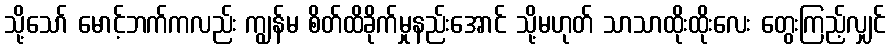
သို့သော် မောင့်ဘက်ကလည်း ကျွန်မ စိတ်ထိခိုက်မှုနည်းအောင် သို့မဟုတ် သာသာထိုးထိုးလေး တွေးကြည့်လျှင်